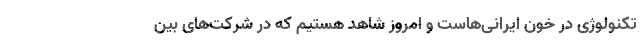
تكنولوژی در خون ایرانی‌هاست و امروز شاهد هستیم كه در شركت‌های بین